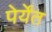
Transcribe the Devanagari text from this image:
पेर्येंत